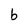
Character: b